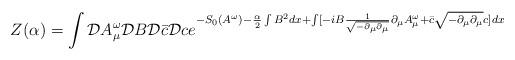
LaTeX: \begin{align*}Z(\alpha)=\int{\cal D}A^{\omega}_{\mu}{\cal D}B{\cal D}\bar{c}{\cal D}c e^{-S_{0}(A^{\omega})-\frac{\alpha}{2}\int B^{2}dx +\int[-iB\frac{1}{\sqrt{-\partial_{\mu}\partial_{\mu}}}\partial_{\mu}A^{\omega}_{\mu} +\bar{c}\sqrt{-\partial_{\mu}\partial_{\mu}}c]dx}\end{align*}